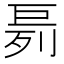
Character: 𪩤